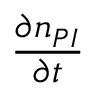
\frac { \partial n _ { P I } } { \partial t }